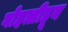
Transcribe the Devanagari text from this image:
गोहत्तीहून